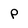
Character: p